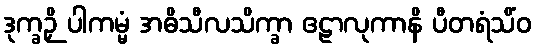
ဒုက္ခဉှိ ပါကမ္မံ အဓိသီလသိက္ခာ ဧဠာလုကာနိ ပီတရံသိံဝ